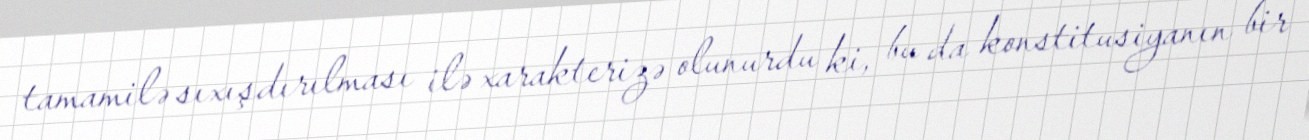
tamamilə sıxışdırılması ilə xarakterizə olunurdu ki, bu da konstitusiyanın bir